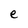
Character: e